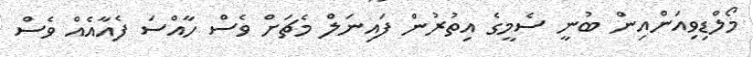
މޯލްޑިވިއަންއިން ބުނީ ސެމީގެ އިތުރުން ފައިނަލް މެޗަށް ވެސް ހާއްސަ ފެއާއެއް ވެސް